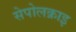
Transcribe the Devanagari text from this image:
सेपोलक्राइ